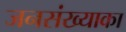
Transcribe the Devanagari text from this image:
जनसंख्याका